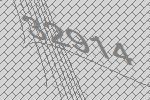
32914